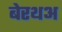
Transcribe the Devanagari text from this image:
बेरथअ